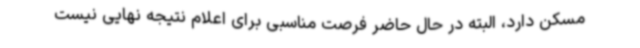
مسکن دارد، البته در حال حاضر فرصت مناسبی برای اعلام نتیجه نهایی نیست